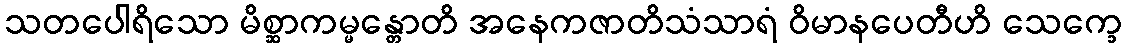
သတပေါရိသော မိစ္ဆာကမ္မန္တောတိ အနေကဇာတိသံသာရံ ဝိမာနပေတီဟိ သေက္ခေ